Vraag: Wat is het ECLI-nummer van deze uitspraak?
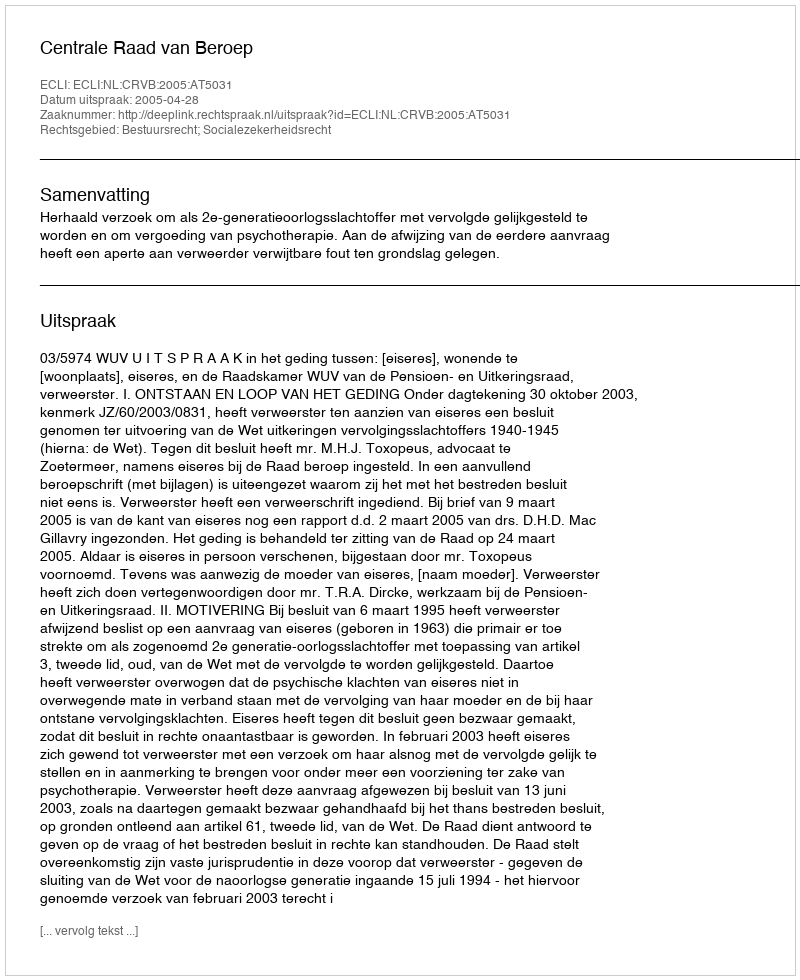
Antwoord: ECLI:NL:CRVB:2005:AT5031